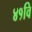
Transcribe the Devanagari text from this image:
४१वि